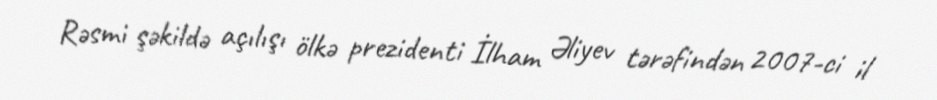
Rəsmi şəkildə açılışı ölkə prezidenti İlham Əliyev tərəfindən 2007-ci il